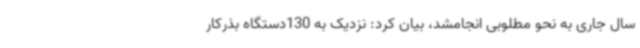
سال جاری به نحو مطلوبی انجامشد، بیان کرد: نزدیک به 130دستگاه بذرکار